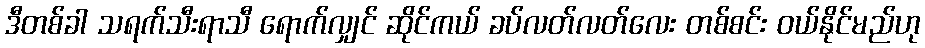
ဒီတစ်ခါ သရက်သီးရာသီ ရောက်လျှင် ဆိုင်ကယ် ခပ်လတ်လတ်လေး တစ်စင်း ဝယ်နိုင်မည်ဟု